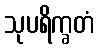
သုပရိက္ခတံ